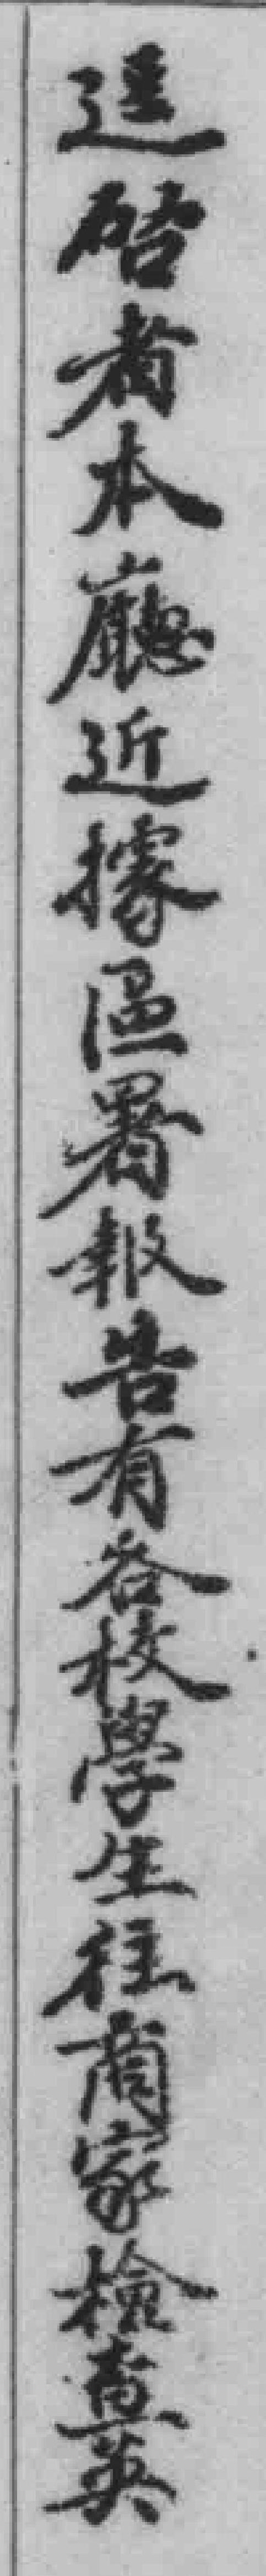
迳啓者本廳近據區署報告有各校學生往商家檢查英